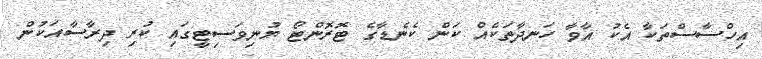
އިހްސާސްތަކާ އެކު އާވާ ހަނދާތަކެއް ކަން ކެނެޑާގެ ޓޮރޮންޓޯ ޔުނިވަސިޓީގައި ކުރި ދިރާސާއަކުން